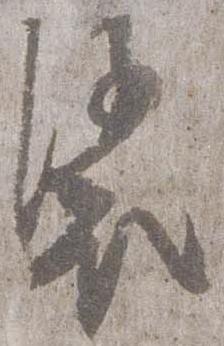
裟